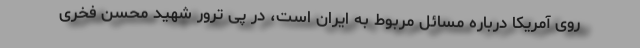
روی آمریکا درباره مسائل مربوط به ایران است، در پی ترور شهید محسن فخری